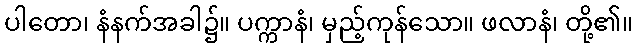
ပါတော၊ နံနက်အခါ၌။ ပက္ကာနံ၊ မှည့်ကုန်သော။ ဖလာနံ၊ တို့၏။